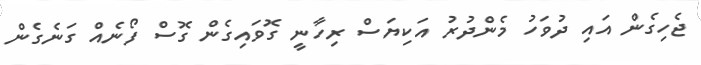
ޖެހިގެން އައި ދުވަހު މެންދުރު އަކިޔަސް ރިހާނީ ގޮވައިގެން ގޮސް ފޯނެއް ގަނެގެން